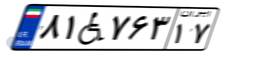
۸۱W۷۶۳۱۷